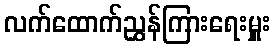
လက်ထောက်ညွှန်ကြားရေးမှူး